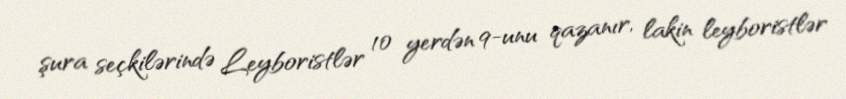
şura seçkilərində Leyboristlər 10 yerdən 9-unu qazanır, lakin leyboristlər